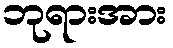
ဘုရားအား